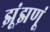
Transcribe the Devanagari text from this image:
झूंझणूं